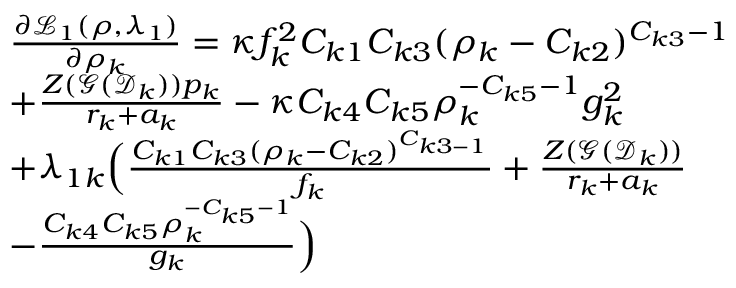
\begin{array} { r } { \begin{array} { r l } & { \frac { \partial \mathcal L _ { 1 } ( \boldsymbol \rho , \boldsymbol \lambda _ { 1 } ) } { \partial \rho _ { k } } = \kappa f _ { k } ^ { 2 } C _ { k 1 } C _ { k 3 } ( \rho _ { k } - C _ { k 2 } ) ^ { C _ { k 3 } - 1 } } \\ & { + \frac { Z ( \mathcal G ( \mathcal D _ { k } ) ) p _ { k } } { r _ { k } + a _ { k } } - \kappa C _ { k 4 } C _ { k 5 } \rho _ { k } ^ { - C _ { k 5 } - 1 } g _ { k } ^ { 2 } } \\ & { + \lambda _ { 1 k } \Big ( \frac { C _ { k 1 } C _ { k 3 } ( \rho _ { k } - C _ { k 2 } ) ^ { C _ { k 3 - 1 } } } { f _ { k } } + \frac { Z ( \mathcal G ( \mathcal D _ { k } ) ) } { r _ { k } + a _ { k } } } \\ & { - \frac { C _ { k 4 } C _ { k 5 } \rho _ { k } ^ { - C _ { k 5 } - 1 } } { g _ { k } } \Big ) } \end{array} } \end{array}